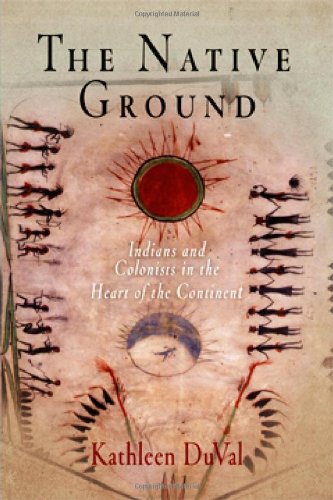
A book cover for The Native Ground: Indians and Colonists in the Heart of the Continent (Early American Studies); Kathleen DuVal; History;